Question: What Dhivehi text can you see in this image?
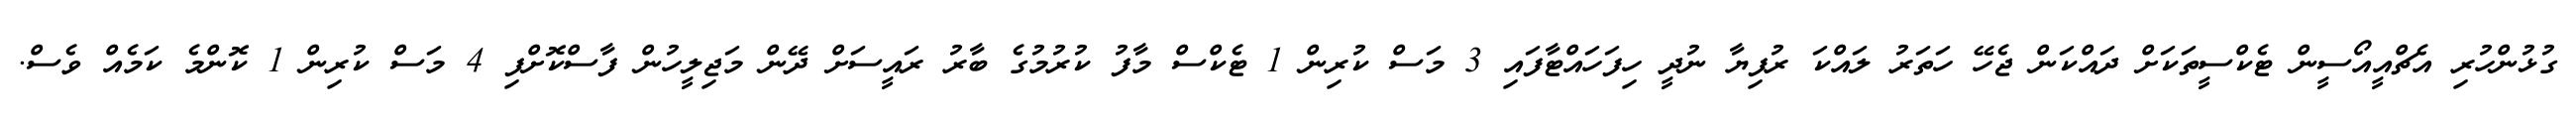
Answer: ގުޅުންހުރި އެޗްއީއޯސީން ޓެކްސީތަކަށް ދައްކަން ޖެހޭ ހަތަރު ލައްކަ ރުފިޔާ ނުދީ ހިފަހައްޓާފައި 3 މަސް ކުރިން 1 ޓެކްސް މާފު ކުރުމުގެ ބާރު ރައީސަށް ދޭން މަޖިލީހުން ފާސްކޮށްފި 4 މަސް ކުރިން 1 ކޮންމެ ކަމެއް ވެސް.